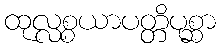
ထုလ္လစ္စယာပတ္တိပုစ္ဆာ